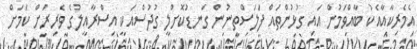
އެމެރިކާއާއެކު ބާއްވަމުން އައި ގުޅުންތައް ފަލަސްތީނުން ގަނޑުކޮށްލީ ގުދުސްއަކީ އިސްރާއީލުގެ ވެރިރަށް ކަމަށް